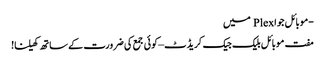
-موبائل جوا Plex میں
مفت موبائل بلیک جیک کریڈٹ – کوئی جمع کی ضرورت کے ساتھ کھیلنا!